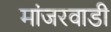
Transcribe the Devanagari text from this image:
मांजरवाडी